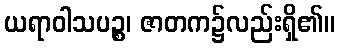
ယရာဝါသပဉ္စ၊ ဇာတက၌လည်းရှိ၏။